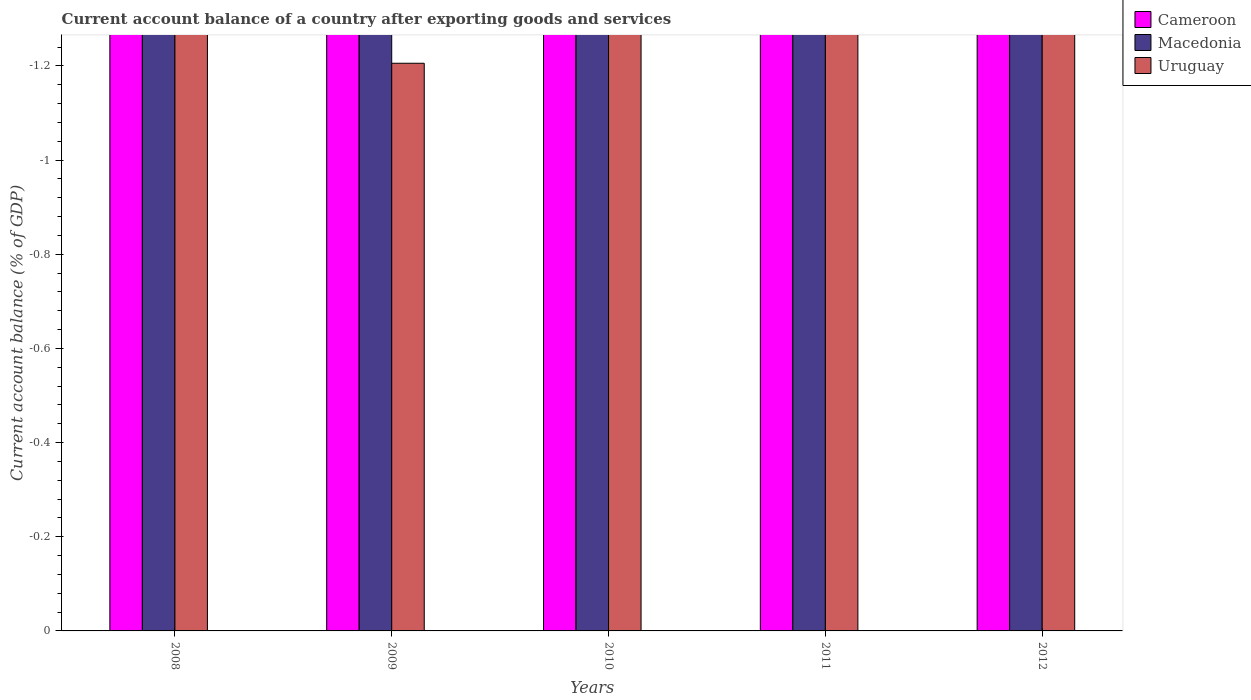
| Years | Cameroon | Macedonia | Uruguay |
 | --- | --- | --- | --- |
 | 2008 | -1.93 | -12.5 | -5.69 |
 | 2009 | -4.78 | -6.48 | -1.21 |
 | 2010 | -3.62 | -2.11 | -1.81 |
 | 2011 | -2.81 | -2.49 | -2.74 |
 | 2012 | -3.61 | -3.09 | -5.05 |